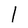
Character: 1